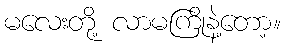
မလေးတို့ လာမကြိုနဲ့တော့။